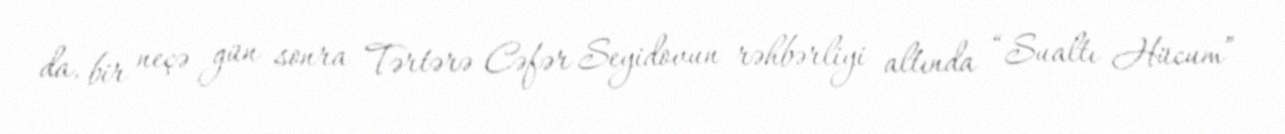
da, bir neçə gün sonra Tərtərə Cəfər Seyidovun rəhbərliyi altında “Sualtı Hücum”